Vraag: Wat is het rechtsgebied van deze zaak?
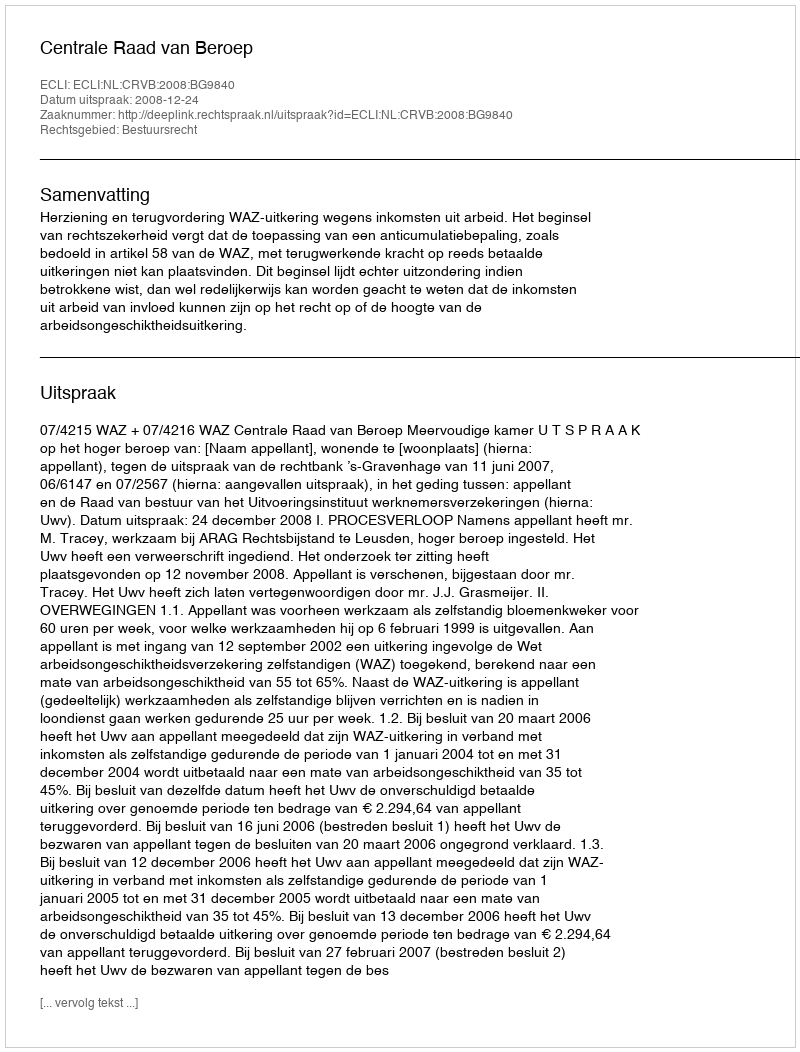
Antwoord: Bestuursrecht